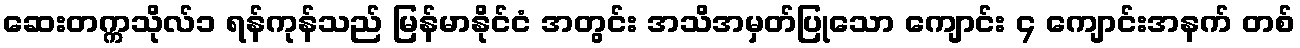
ဆေးတက္ကသိုလ်၁ ရန်ကုန်သည် မြန်မာနိုင်ငံ အတွင်း အသိအမှတ်ပြုသော ကျောင်း ၄ ကျောင်းအနက် တစ်